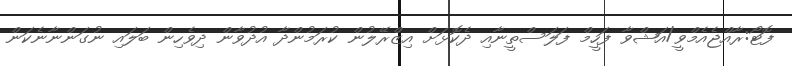
ފޮޓޯ:ރާއްޖެއެމްވީ/އަޝްވާ ފަހީމް ފަލަސްތީނާއި ދެކޮޅަށް އިޒްރޭލުން ކުރަމުންދާ އުދުވާން ދިވެހިން ބަލައި ނުގަންނާނެކަން